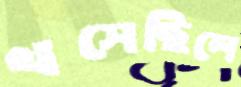
খসেছিলে